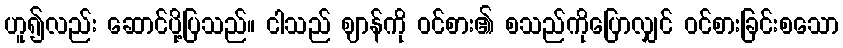
ဟူ၍လည်း ဆောင်ပို့ပြသည်။ ငါသည် ဈာန်ကို ဝင်စား၏ စသည်ကိုပြောလျှင် ဝင်စားခြင်းစသော